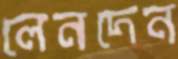
লেনদেন